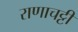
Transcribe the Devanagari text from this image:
राणाचट्टी